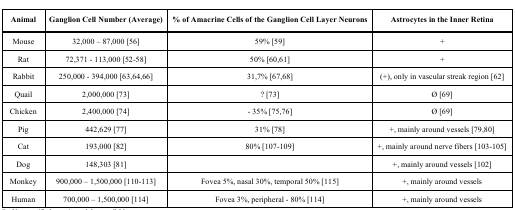
| Animal | Ganglion Cell Number (Average) | % of Amacrine Cells of the Ganglion Cell Layer Neurons | Astrocytes in the Inner Retina |
 | --- | --- | --- | --- |
 | Mouse | 32,000 – 87,000 [56] | 59% [59] | + |
 | Rat | 72,371 - 113,000 [52-58] | 50% [60,61] | + |
 | Rabbit | 250,000 - 394,000 [63,64,66] | 31,7% [67,68] | (+), only in vascular streak region [62] |
 | Quail | 2,000,000 [73] | ? [73] | Ø [69] |
 | Chicken | 2,400,000 [74] | - 35% [75,76] | Ø [69] |
 | Pig | 442,629 [77] | 31% [78] | +, mainly around vessels [79,80] |
 | Cat | 193,000 [82] | 80% [107-109] | +, mainly around nerve fibers [103-105] |
 | Dog | 148,303 [81] |  | +, mainly around vessels [102] |
 | Monkey | 900,000 – 1,500,000 [110-113] | Fovea 5%, nasal 30%, temporal 50% [115] | +, mainly around vessels |
 | Human | 700,000 – 1,500,000 [114] | Fovea 3%, peripheral - 80% [114] | +, mainly around vessels |